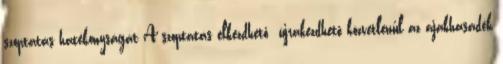
szoptatás hatékonyságát A szoptatás elkezdhető újrakezdhető közvetlenűl az ajakhasadék